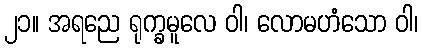
၂၁။ အရညေ ရုက္ခမူလေ ဝါ၊ လောမဟံသော ဝါ၊